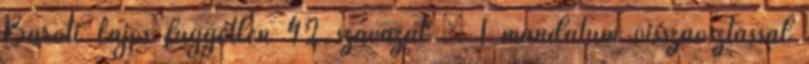
Baróti Lajos független 42 szavazat – 1 mandátum visszaosztással